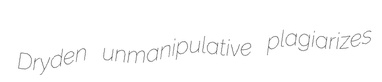
Dryden unmanipulative plagiarizes